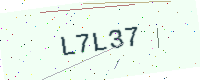
Text: L7L37